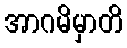
အာဂမိမှာတိ